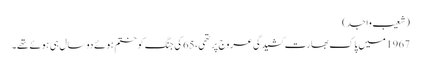
(شعیب واجد)
1967میں پاک بھارت کشیدگی عروج پر تھی،65 کی جنگ کو ختم ہوئے دو سال ہی ہوئے تھے۔